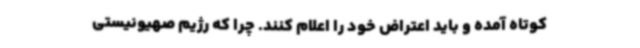
کوتاه آمده و باید اعتراض خود را اعلام کنند. چرا که رژیم صهیونیستی